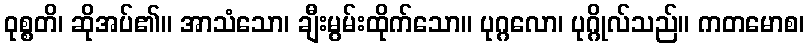
ဝုစ္စတိ၊ ဆိုအပ်၏။ အာသံသော၊ ချီးမွမ်းထိုက်သော။ ပုဂ္ဂလော၊ ပုဂ္ဂိုလ်သည်။ ကတမောစ၊